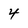
Character: 4